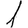
Digit: 1